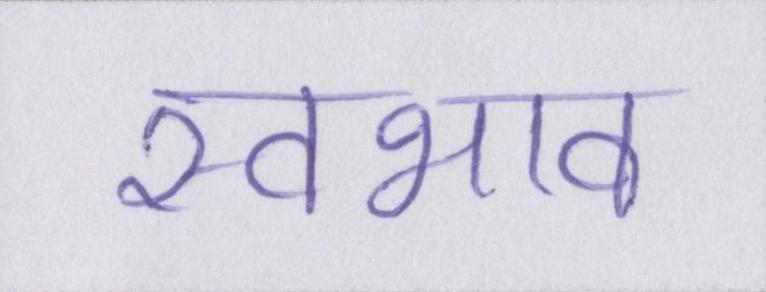
स्वभाव